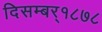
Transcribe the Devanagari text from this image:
दिसम्बर्१८७८